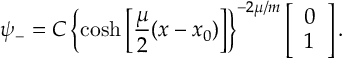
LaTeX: \psi _ { - } = C \left\{ \cosh \left[ \frac { \mu } { 2 } ( x - x _ { 0 } ) \right] \right\} ^ { - 2 \mu / m } \left[ \begin{array} { c } { { 0 } } \\ { { 1 } } \end{array} \right] .